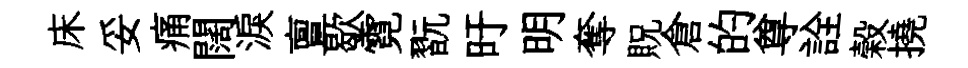
床妥痛闊淚亶歇霓翫旴明奪貺倉的尊詮榖撓